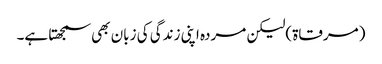
(مرقاۃ)لیکن مردہ اپنی زندگی کی زبان بھی سمجھتا ہے۔